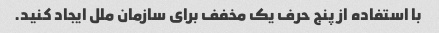
با استفاده از پنج حرف یک مخفف برای سازمان ملل ایجاد کنید.